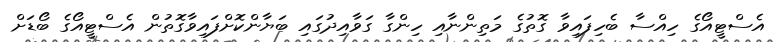
އެސްޓީއޯގެ ހިއްސާ ބެހިފައިވާ ގޮތުގެ މަތިންނާއި ހިންގާ ގަވާއިދުގައި ބަޔާންކޮށްފައިވާގޮތުން އެސްޓީއޯގެ ބޯޑަށް